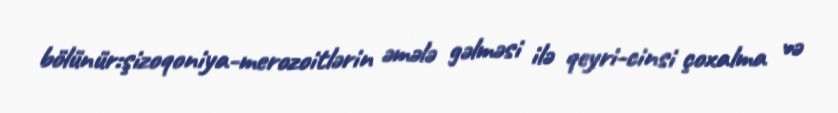
bölünür:şizoqoniya-merozoitlərin əmələ gəlməsi ilə qeyri-cinsi çoxalma və